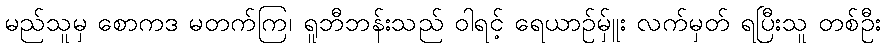
မည်သူမှ စောကဒ မတက်ကြ၊ ရူဘီဘန်းသည် ဝါရင့် ရေယာဉ်မ်ှူး လက်မှတ် ရပြီးသူ တစ်ဦး